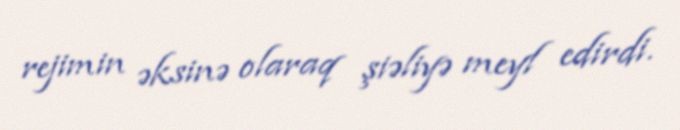
rejimin əksinə olaraq şiəliyə meyl edirdi.